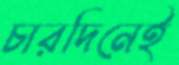
চারদিনেই